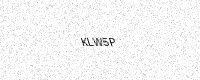
Text: KLW5P